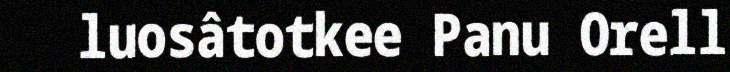
luosâtotkee Panu Orell